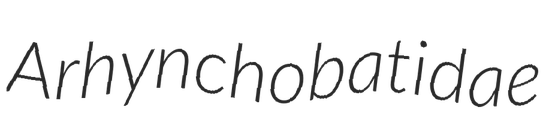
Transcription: Arhynchobatidae